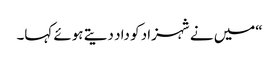
“میں نے شہزاد کو داد دیتے ہوئے کہا۔